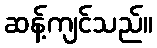
ဆန့်ကျင်သည်။